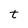
Character: t